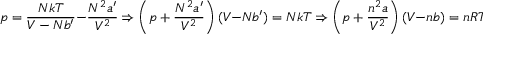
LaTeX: p = { \frac { N k T } { V - N b ^ { \prime } } } - { \frac { N ^ { 2 } a ^ { \prime } } { V ^ { 2 } } } \Rightarrow \left( p + { \frac { N ^ { 2 } a ^ { \prime } } { V ^ { 2 } } } \right) ( V - N b ^ { \prime } ) = N k T \Rightarrow \left( p + { \frac { n ^ { 2 } a } { V ^ { 2 } } } \right) ( V - n b ) = n R T .